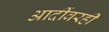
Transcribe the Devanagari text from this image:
आदींवरही